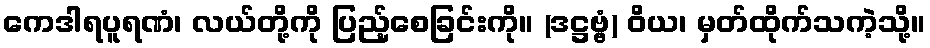
ကေဒါရပူရဏံ၊ လယ်တို့ကို ပြည့်စေခြင်းကို။ (ဒဋ္ဌဗ္ဗံ) ဝိယ၊ မှတ်ထိုက်သကဲ့သို့။